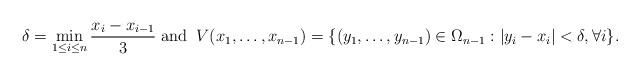
LaTeX: \begin{align*} \delta=\min_{1\le i\le n} \frac{x_{i}-x_{i-1}}{3}\; \textrm{and} \;\;V(x_1,\ldots,x_{n-1})=\{(y_1,\ldots,y_{n-1})\in\Omega_{n-1}: \vert y_i-x_i\vert< \delta,\forall i\}. \end{align*}